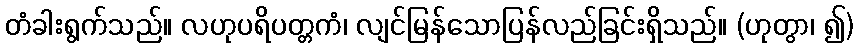
တံခါးရွက်သည်။ လဟုပရိပတ္တကံ၊ လျင်မြန်သောပြန်လည်ခြင်းရှိသည်။ (ဟုတွာ၊ ၍)